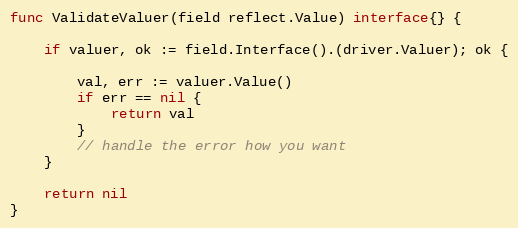
Language: Go
func ValidateValuer(field reflect.Value) interface{} {

	if valuer, ok := field.Interface().(driver.Valuer); ok {

		val, err := valuer.Value()
		if err == nil {
			return val
		}
		// handle the error how you want
	}

	return nil
}